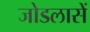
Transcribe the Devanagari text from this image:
जोडलासें